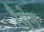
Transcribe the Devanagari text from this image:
रैसेन